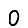
Digit: 0